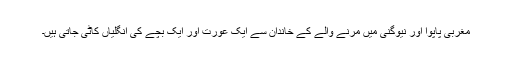
مغربی پاپوا اور نیوگنی میں مرنے والے کے خاندان سے ایک عورت اور ایک بچے کی انگلیاں کاٹی جاتی ہیں۔